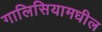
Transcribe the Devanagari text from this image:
गालिसियामधील